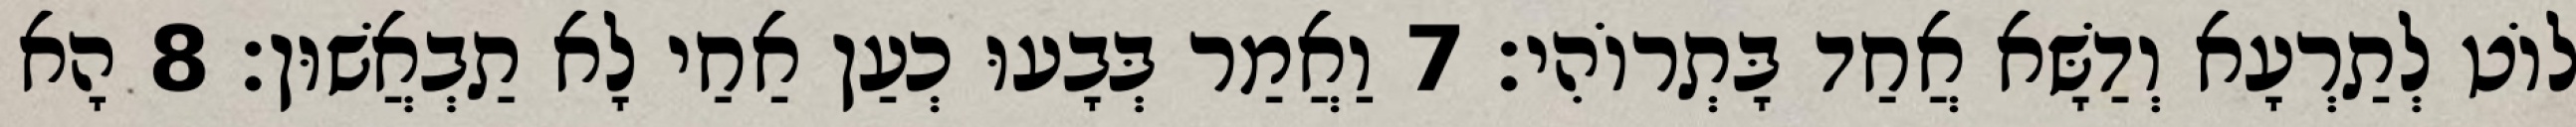
לוֹט לְתַרְעָא וְדַשָּׁא אֲחַד בָּתְרוֹהִי׃ 7 וַאֲמַר בְּבָעוּ כְעַן אַחַי לָא תַבְאֲשׁוּן׃ 8 הָא